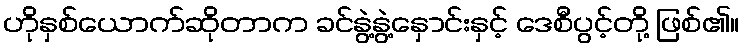
ဟိုနှစ်ယောက်ဆိုတာက ခင်နွဲ့နွဲ့နှောင်းနှင့် ဒေစီပွင့်တို့ ဖြစ်၏။